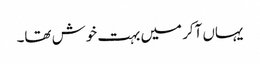
یہاں آکر میں بہت خوش تھا۔